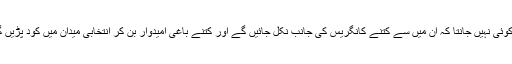
اب کوئی نہیں جانتا کہ ان میں سے کتنے کانگریس کی جانب نکل جائیں گے اور کتنے باغی امیدوار بن کر انتخابی میدان میں کود پڑیں گے۔